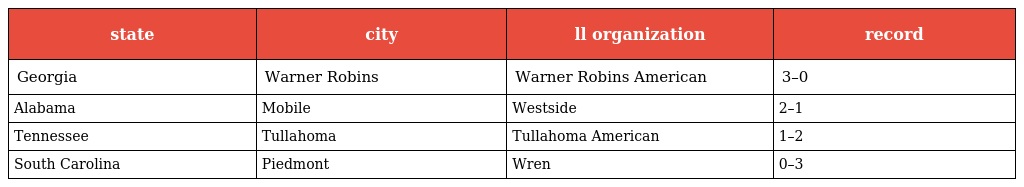
| state | city | ll organization | record |
 | --- | --- | --- | --- |
 | Georgia | Warner Robins | Warner Robins American | 3–0 |
 | Alabama | Mobile | Westside | 2–1 |
 | Tennessee | Tullahoma | Tullahoma American | 1–2 |
 | South Carolina | Piedmont | Wren | 0–3 |